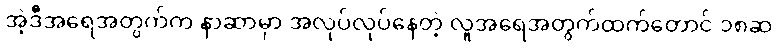
အဲ့ဒီအရေအတွက်က နာဆာမှာ အလုပ်လုပ်နေတဲ့ လူအရေအတွက်ထက်တောင် ၁၈ဆ